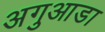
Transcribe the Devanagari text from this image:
अगुआडा